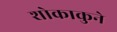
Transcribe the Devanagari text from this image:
शोकाकुने